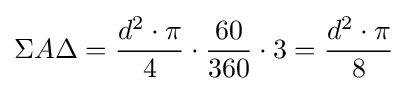
\Sigma A\Delta ={\frac {d^{2}\cdot \pi }{4}}\cdot {\frac {60}{360}}\cdot 3={\frac {d^{2}\cdot \pi }{8}}